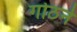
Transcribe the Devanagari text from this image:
गोठने